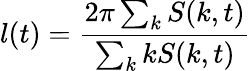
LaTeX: l(t)=\frac{2\pi\sum_{k}S(k,t)}{\sum_{k}kS(k,t)}